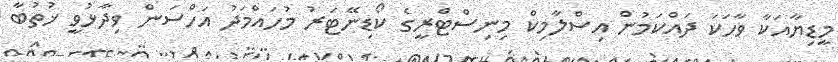
މީޑިޔާއަކާ ވާހަކަ ދައްކަމުން އިސްލާމިކް މިނިސްޓްރީގެ ކޯޑިނޭޓަރު މުހައްމަދު އަހްސަން ވިދާޅުވީ ޚުތުބާ